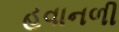
હવાનળી